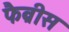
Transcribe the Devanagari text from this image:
फैब्रीस